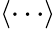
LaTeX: \left\langle\cdots\right\rangle